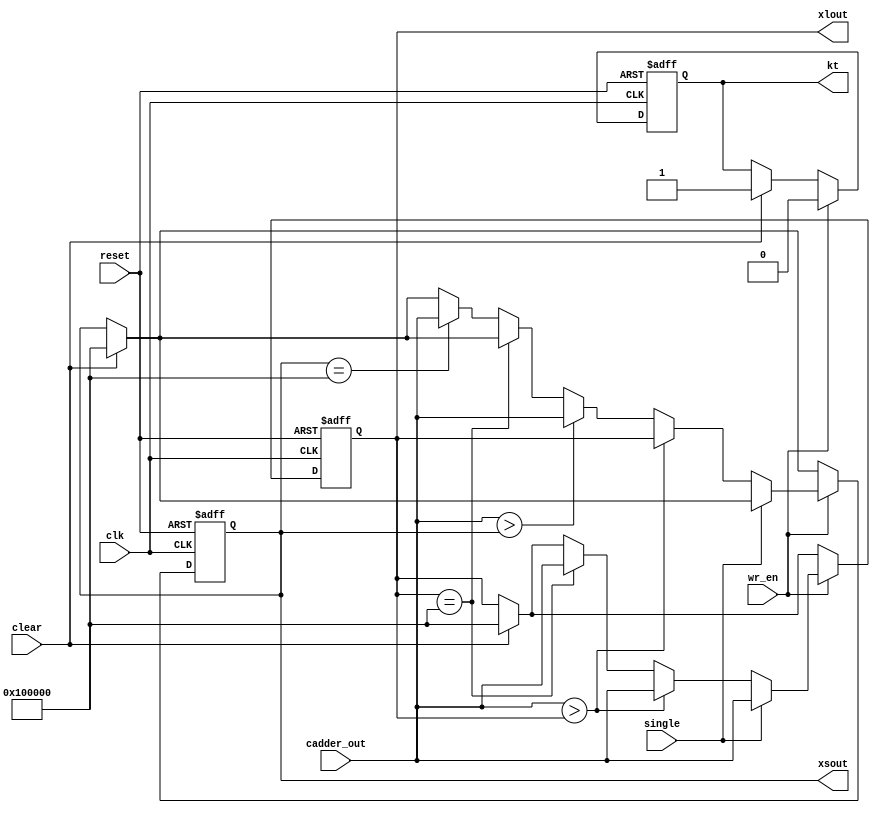
module regx(kt,xlout,xsout,cadder_out,single,wr_en,clear,clk,reset);

output [20:0]xlout,xsout;
output kt;
input [20:0]cadder_out;
input single;
input wr_en,clear;
input clk,reset;

reg [20:0]xlout,xsout;
reg kt;

always@(posedge clk or negedge reset)
begin
	if(reset==0)
	begin
		xlout<=21'h100000;
		xsout<=21'h100000;
		kt<=1;
	end
	else
	begin
		if(clear==1)
		begin
			xlout<=21'h100000;//so am nho nhat
			xsout<=21'h100000;
			kt<=1;
		end
		if(wr_en==1)
		begin
		  kt<=0;
			if(single==1)
			begin
				xlout<=cadder_out;
			end
			else
			begin
			   if (xlout==21'h100000)
			    xlout<=cadder_out;
			  else
			    if (xsout==21'h100000)
			      xsout<=cadder_out;
				if(cadder_out>xlout)
				begin
					xlout<= cadder_out;
					xsout<=xlout;
				end
				else
					if(cadder_out>xsout)
						xsout<=cadder_out;
			end
			//xsout<=cadder_out;
		end
	end
end
endmodule